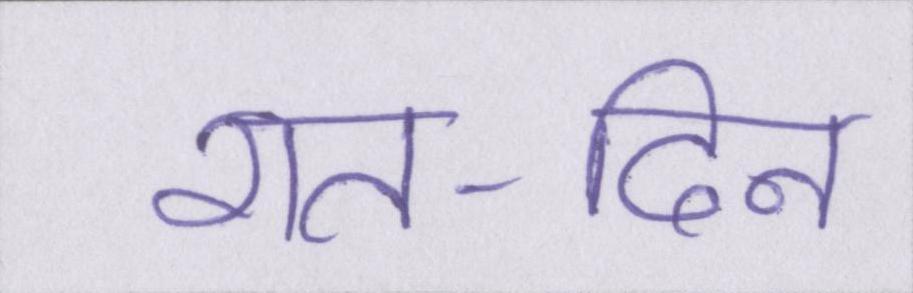
रात-दिन